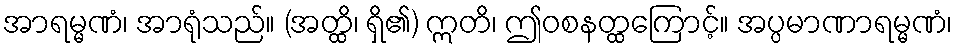
အာရမ္မဏံ၊ အာရုံသည်။ (အတ္ထိ၊ ရှိ၏) ဣတိ၊ ဤဝစနတ္ထကြောင့်။ အပ္ပမာဏာရမ္မဏံ၊